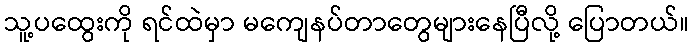
သူ့ပထွေးကို ရင်ထဲမှာ မကျေနပ်တာတွေများနေပြီလို့ ပြောတယ်။